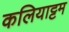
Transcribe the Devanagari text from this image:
कलियाट्टम